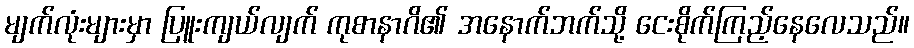
မျက်လုံးများမှာ ပြူးကျယ်လျက် ကုစာနာဂိ၏ အနောက်ဘက်သို့ ငေးစိုက်ကြည့်နေလေသည်။